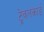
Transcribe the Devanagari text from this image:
ट्रेवलकार्ड